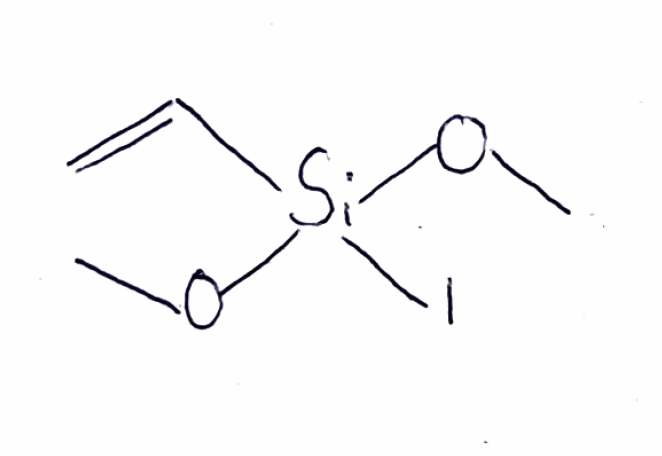
Simplified molecular-input line-entry system (SMILES) notation of the given molecule:
CO[Si](C=C)(OC)I